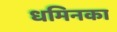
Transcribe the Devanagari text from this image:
धमिनका